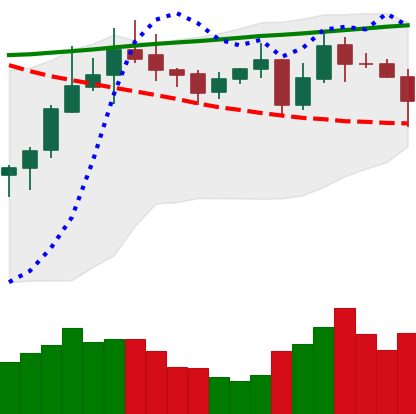
Ticker: ADA-USD
Chart end date: 2020-10-26
Forward return: -9.739%
Label: down_7plus